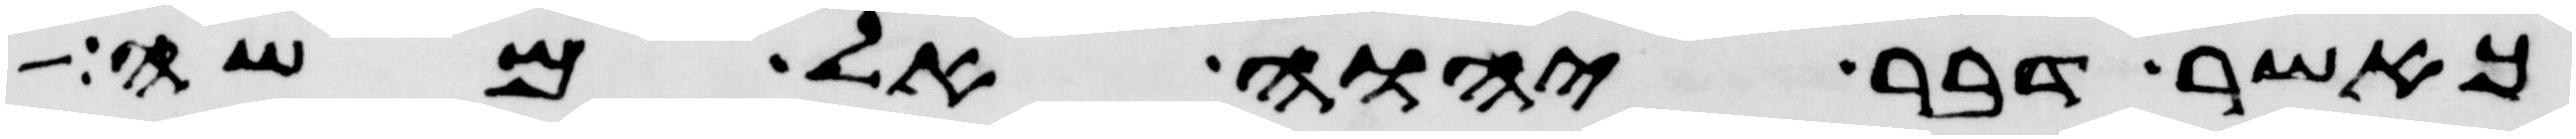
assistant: כאשר דבר יהוה אל משה